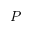
P